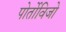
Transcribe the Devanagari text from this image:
पोर्तोविजो